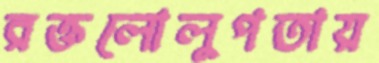
রক্তলোলুপতায়